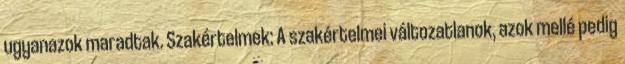
ugyanazok maradtak. Szakértelmek: A szakértelmei változatlanok, azok mellé pedig